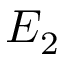
E _ { 2 }